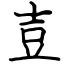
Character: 壴